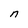
Character: n